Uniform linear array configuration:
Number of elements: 4
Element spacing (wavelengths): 0.75
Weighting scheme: uniform
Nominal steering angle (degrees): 15
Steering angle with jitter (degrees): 13.985
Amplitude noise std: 0.05
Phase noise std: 0.05

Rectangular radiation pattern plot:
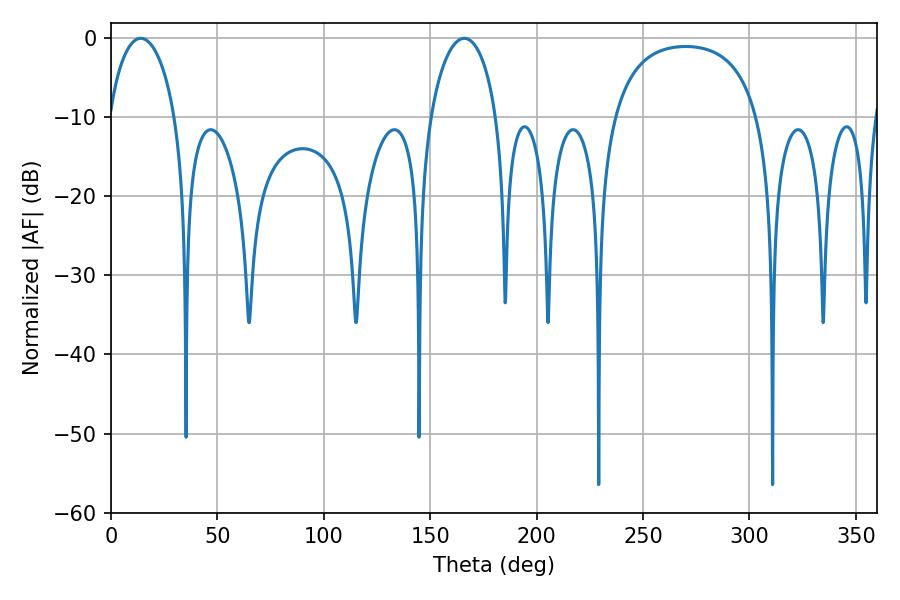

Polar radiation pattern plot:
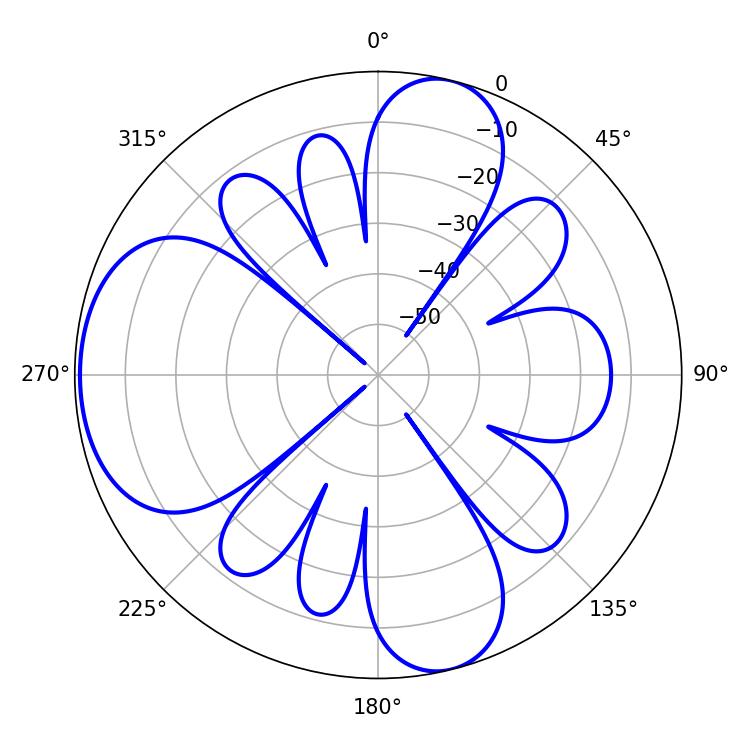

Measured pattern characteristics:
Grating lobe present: TRUE
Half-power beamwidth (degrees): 17.82
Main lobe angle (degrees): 14.04